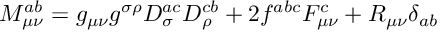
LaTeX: { \cal M } _ { \mu \nu } ^ { a b } = g _ { \mu \nu } g ^ { \sigma \rho } D _ { \sigma } ^ { a c } D _ { \rho } ^ { c b } + 2 f ^ { a b c } F _ { \mu \nu } ^ { c } + R _ { \mu \nu } \delta _ { a b }